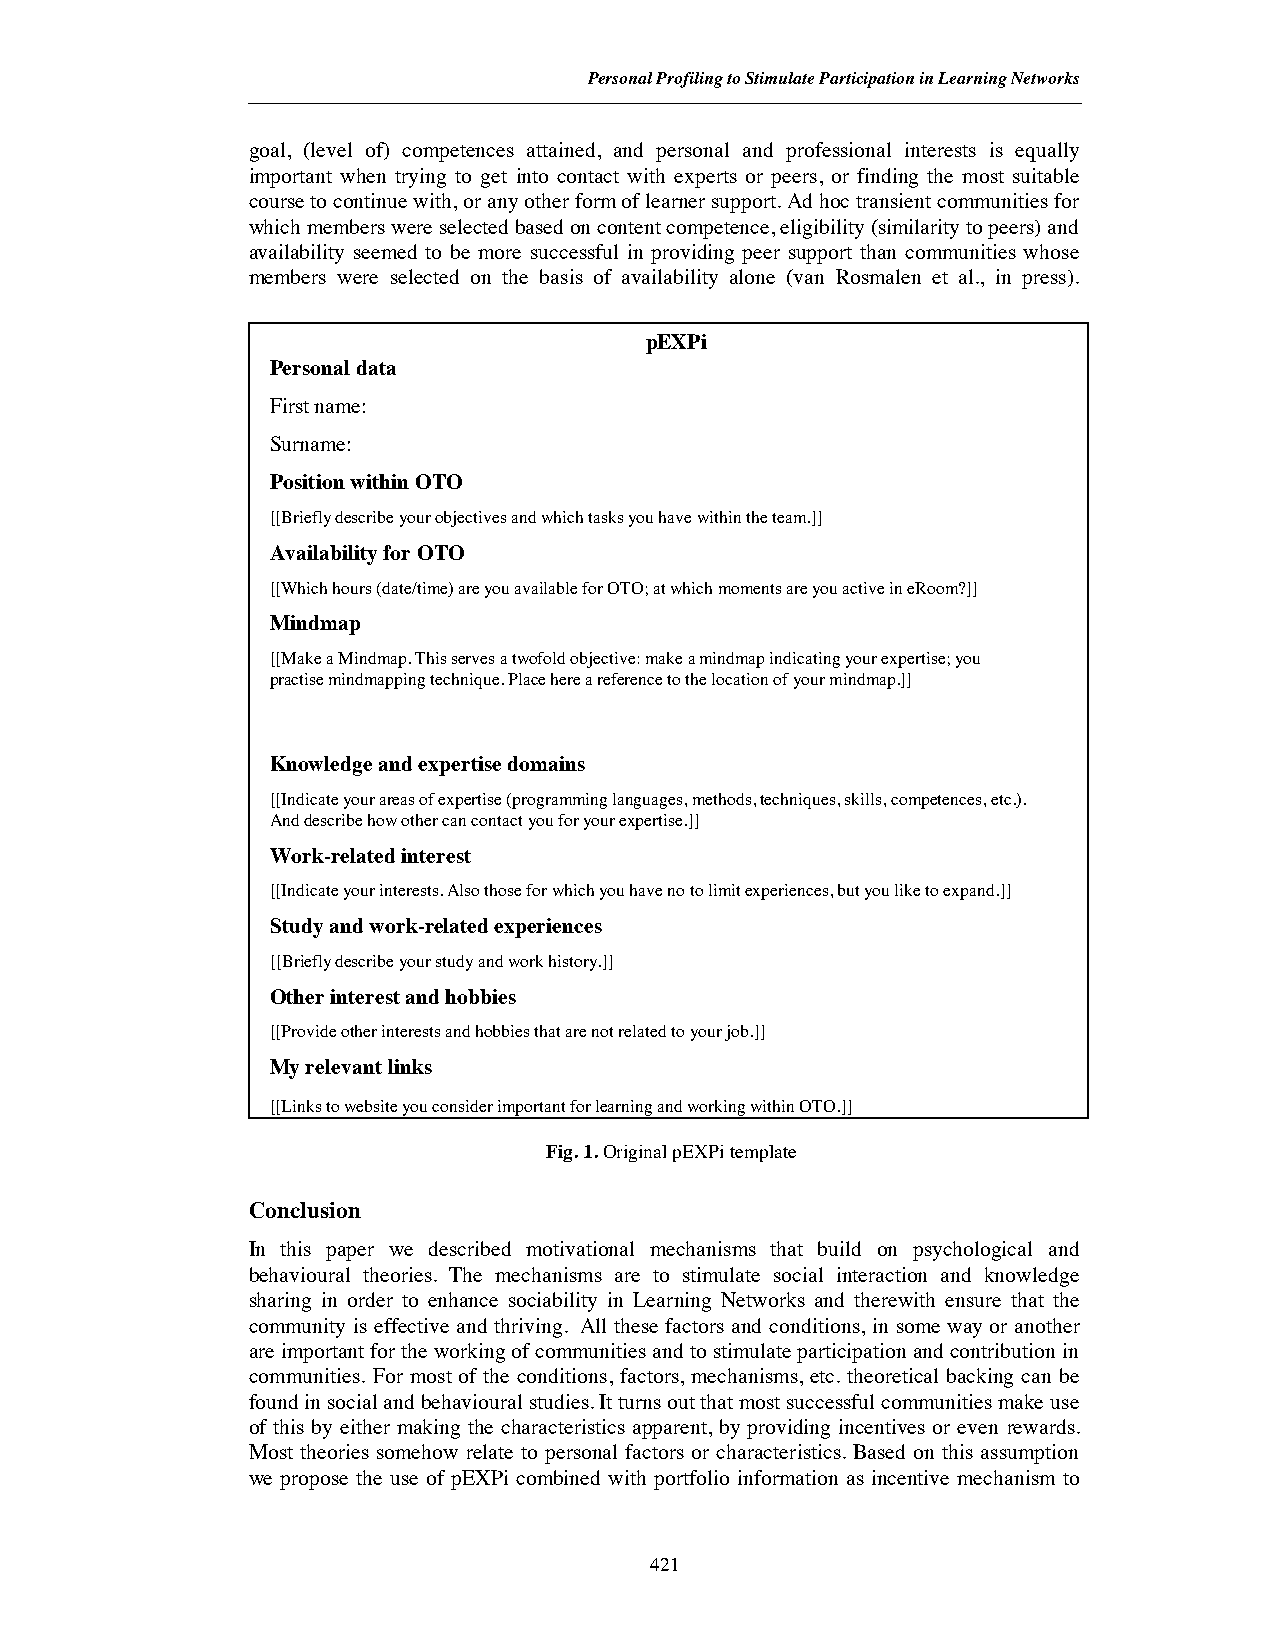
Personal Profiling to Stimulate Participation in Learning Networks
 goal, (level of) competences attained, and personal and professional interests is equally
 important when trying to get into contact with experts or peers, or finding the most suitable
 course to continue with, or any other form of learner support. Ad hoc transient communities for
 which members were selected based on content competence, eligibility (similarity to peers) and
 availability seemed to be more successful in providing peer support than communities whose
 members were selected on the basis of availability alone (van Rosmalen et al., in press).
 pEXPi
 Personal data
 First name:
 Surname:
 Position within OTO
 [[Briefly describe your objectives and which tasks you have within the team.]]
 Availability for OTO
 [[Which hours (date/time) are you available for OTO; at which moments are you active in eRoom?]]
 Mindmap
 [[Make a Mindmap. This serves a twofold objective: makea mindmap indicating your expertise; you
 practise mindmapping technique. Place here a reference to the location of your mindmap.]]
 Knowledge and expertise domains
 [[Indicate your areas of expertise (programming languages, methods, techniques, skills, competences, etc.).
 And describe how other can contact you for your expertise.]]
 Work-related interest
 [[Indicate your interests. Also those for which you have no to limit experiences, but you like to expand.]]
 Study and work-related experiences
 [[Briefly describe your study and work history.]]
 Other interest and hobbies
 [[Provide other interests and hobbies that are not related to your job.]]
 My relevant links
 [[Links to website you consider important for learning and working within OTO.]]
 Fig. 1.Original pEXPi template
 Conclusion
 In this paper we described motivational mechanisms that build on psychological and
 behavioural theories. The mechanisms are to stimulate social interaction and knowledge
 sharing in order to enhance sociability in Learning Networks and therewith ensure that the
 community is effective and thriving. All these factors and conditions, in some way or another
 are important for the working of communities and to stimulate participation and contribution in
 communities. For most of the conditions, factors, mechanisms, etc. theoretical backing can be
 found in social and behavioural studies. It turns out that most successful communities make use
 of this by either making the characteristics apparent, by providing incentives or even rewards.
 Most theories somehow relate to personal factors or characteristics. Based on this assumption
 we propose the use of pEXPi combined with portfolio information as incentive mechanism to
 421